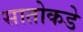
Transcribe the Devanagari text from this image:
सातोकडे